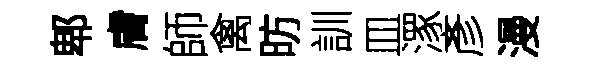
郫膚師禽昉訓皿潈彥漫